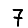
Digit: 7